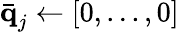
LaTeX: \bar{\textbf{q}}_{j}\leftarrow[0,...,0]